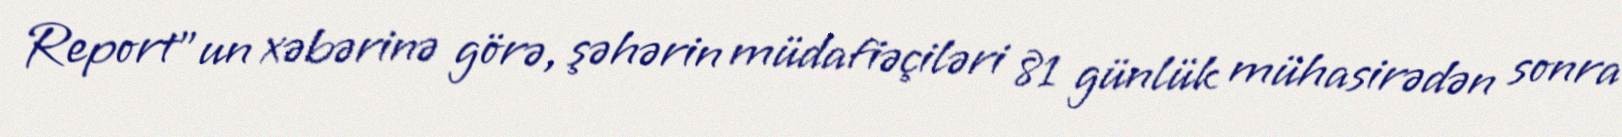
Report"un xəbərinə görə, şəhərin müdafiəçiləri 81 günlük mühasirədən sonra